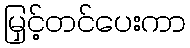
မြှင့်တင်ပေးကာ